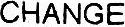
CHANGE